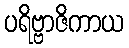
ပရိဗ္ဗာဇိကာယ